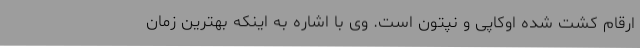
ارقام کشت شده اوکاپی و نپتون است. وی با اشاره به اینکه بهترین زمان